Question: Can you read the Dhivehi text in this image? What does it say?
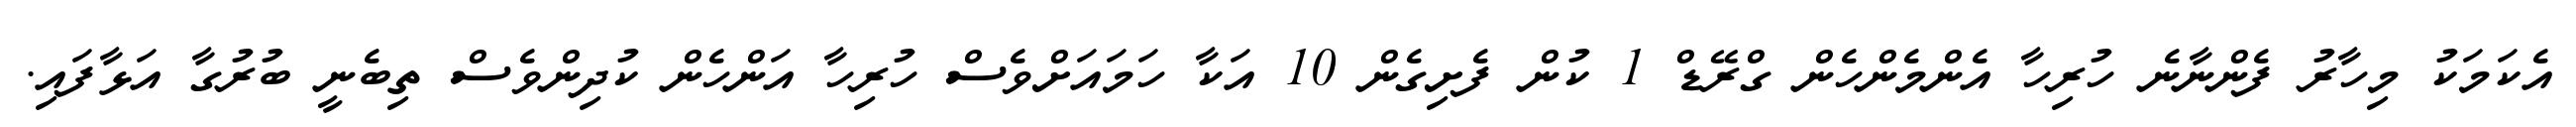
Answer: އެކަމަކު މިހާރު ފެންނާނެ ހުރިހާ އެންމެންހެން ގްރޭޑް 1 ކުން ފެށިގެން 10 އަކާ ހަމައަށްވެސް ހުރިހާ އަންހެން ކުދިންވެސް ތިބެނީ ބުރުގާ އަޅާފައި.